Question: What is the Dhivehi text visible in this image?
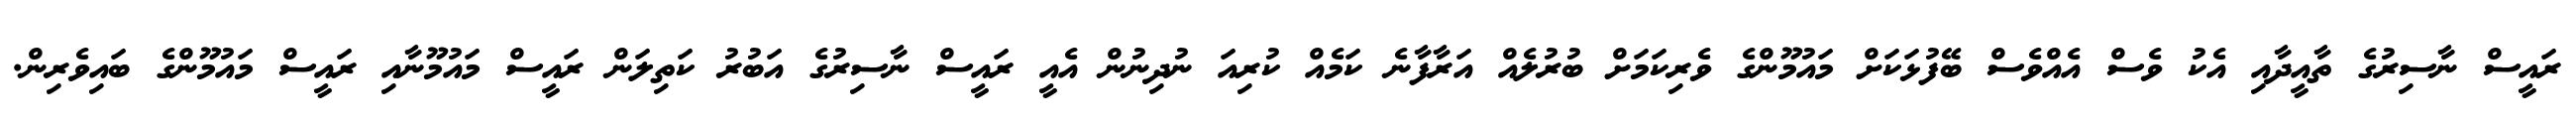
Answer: ރައީސް ނާސިރުގެ ތާއީދާއި އެކު ވެސް އެއްވެސް ބޭފުޅަކަށް މައުމޫންގެ ވެރިކަމަށް ބުރުލެއް އަރާފާނެ ކަމެއް ކުރިއަ ނުދިނުން އެއީ ރައީސް ނާސިރުގެ އަބުރު ކަތިލަން ރައީސް މައުމޫނާއި ރައީސް މައުމޫންގެ ބައިވެރިން.